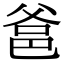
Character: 𤕕